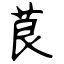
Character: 茛